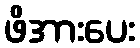
ဖိအားပေး